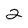
Character: 2